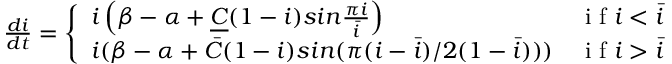
\begin{array} { r } { \frac { d i } { d t } = \left\{ \begin{array} { l l l } { { i \left( \beta - \alpha + \underline { { C } } ( 1 - i ) s i n { \frac { \pi i } { \bar { i } } } \right) } } & { \mathrm { ~ i ~ f ~ } i < { \bar { i } } } \\ { { i ( \beta - \alpha + \bar { C } ( 1 - i ) s i n { ( \pi ( i - \bar { i } ) / 2 ( 1 - \bar { i } ) ) } ) } } & { \mathrm { ~ i ~ f ~ } i > { \bar { i } } } \end{array} \right. } \end{array}